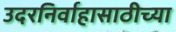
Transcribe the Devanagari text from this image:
उदरनिर्वाहासाठीच्या